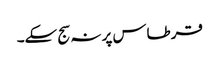
قرطاس پر نہ سج سکے۔